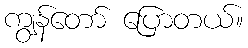
ကျွန်တော် ပြောတယ်။